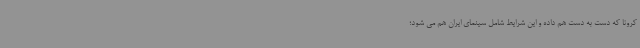
کرونا که دست به دست هم داده و این شرایط شامل سینمای ایران هم می شود؛